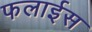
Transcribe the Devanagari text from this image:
फलाईस